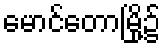
မောင်တောမြို့၌